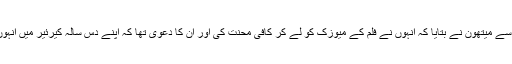
فلم کے میوزک کے حوالے سے میتھون نے بتایا کہ انہوں نے فلم کے میوزک کو لے کر کافی محنت کی اور ان کا دعویٰ تھا کہ اپنے دس سالہ کیرئیر میں انہوں نے ایسا میوزک نہیں بنایا۔